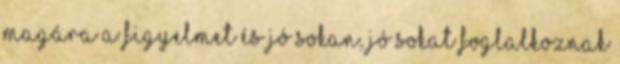
magára a figyelmet és jó sokan, jó sokat foglalkoznak